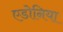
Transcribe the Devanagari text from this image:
एडोनिया